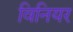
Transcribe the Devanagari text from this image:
विनियर